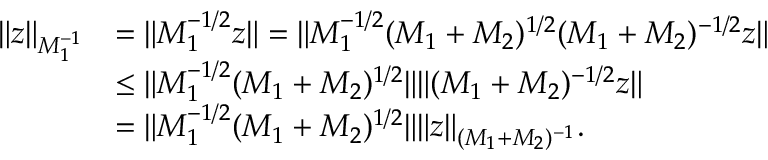
\begin{array} { r l } { \Vert z \Vert _ { M _ { 1 } ^ { - 1 } } } & { = \Vert M _ { 1 } ^ { - 1 / 2 } z \Vert = \Vert M _ { 1 } ^ { - 1 / 2 } ( M _ { 1 } + M _ { 2 } ) ^ { 1 / 2 } ( M _ { 1 } + M _ { 2 } ) ^ { - 1 / 2 } z \Vert } \\ & { \leq \Vert M _ { 1 } ^ { - 1 / 2 } ( M _ { 1 } + M _ { 2 } ) ^ { 1 / 2 } \Vert \Vert ( M _ { 1 } + M _ { 2 } ) ^ { - 1 / 2 } z \Vert } \\ & { = \Vert M _ { 1 } ^ { - 1 / 2 } ( M _ { 1 } + M _ { 2 } ) ^ { 1 / 2 } \Vert \Vert z \Vert _ { ( M _ { 1 } + M _ { 2 } ) ^ { - 1 } } . } \end{array}